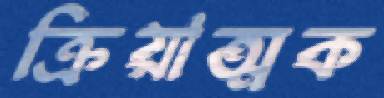
ক্রিয়াত্মক